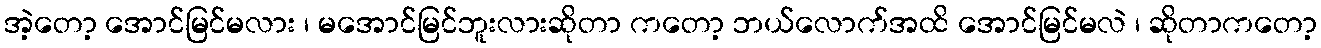
အဲ့တော့ အောင်မြင်မလား ၊ မအောင်မြင်ဘူးလားဆိုတာ ကတော့ ဘယ်လောက်အထိ အောင်မြင်မလဲ ၊ ဆိုတာကတော့